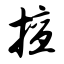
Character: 擅